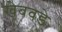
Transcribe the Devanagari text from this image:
खेबवडे